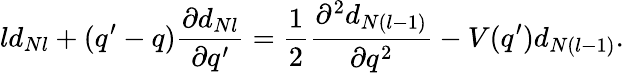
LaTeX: ld_{Nl}+(q^{\prime}-q)\frac{\partial d_{Nl}}{\partial q^{\prime}}=\frac{1}{2}\frac{\partial^{2}d_{N(l-1)}}{\partial q^{2}}-V(q^{\prime})d_{N(l-1)}.